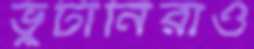
ভুটানিরাও